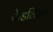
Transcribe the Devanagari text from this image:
फेडलिज़्म